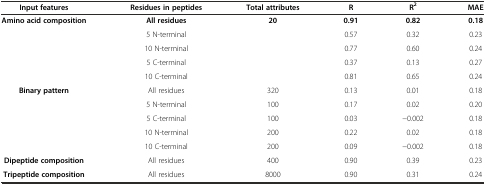
| Input features | Residues in peptides | Total attributes | R | R2 | MAE |
 | --- | --- | --- | --- | --- | --- |
 | <ROWSPAN=5> Amino acid composition | All residues | <ROWSPAN=5> 20 | 0.91 | 0.82 | 0.18 |
 | 5 N-terminal | 0.57 | 0.32 | 0.23 |
 | 10 N-terminal | 0.77 | 0.60 | 0.24 |
 | 5 C-terminal | 0.37 | 0.13 | 0.27 |
 | 10 C-terminal | 0.81 | 0.65 | 0.24 |
 | <ROWSPAN=5> Binary pattern | All residues | 320 | 0.13 | 0.01 | 0.18 |
 | 5 N-terminal | 100 | 0.17 | 0.02 | 0.20 |
 | 5 C-terminal | 100 | 0.03 | -0.002 | 0.18 |
 | 10 N-terminal | 200 | 0.22 | 0.02 | 0.18 |
 | 10 C-terminal | 200 | 0.09 | -0.002 | 0.18 |
 | Dipeptide composition | All residues | 400 | 0.90 | 0.39 | 0.23 |
 | Tripeptide composition | All residues | 8000 | 0.90 | 0.31 | 0.24 |